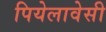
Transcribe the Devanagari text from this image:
पियेलावेसी